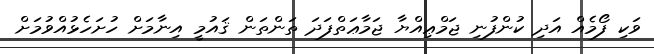
ވަކި ފޯމެއް އަދި ކުންފުނި ޖަމްޢިއްޔާ ޖަމާޢަތްފަދަ ތަންތަން ޤައުމީ އިނާމަށް ހުށަހެޅުއްވުމަށް